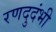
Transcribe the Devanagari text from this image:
रणदुदंभी